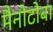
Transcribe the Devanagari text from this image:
मैनोटोबा